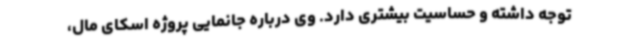
توجه داشته و حساسیت بیشتری دارد. وی درباره جانمایی پروژه اسکای مال،